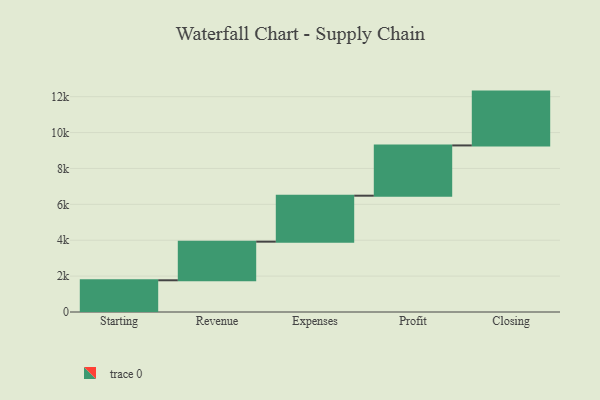
{"axis": {"x": "Step", "y": "Value"}, "legend": [""], "data": [{"x": "Starting", "y": 1768.0, "type": ""}, {"x": "Revenue", "y": 2152.0, "type": ""}, {"x": "Expenses", "y": 2562.0, "type": ""}, {"x": "Profit", "y": 2801.0, "type": ""}, {"x": "Closing", "y": 3000, "type": ""}]}